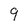
Character: 9